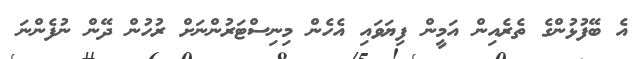
އެ ބޭފުޅުންގެ ތެރެއިން އަމީން ފިޔަވައި އެހެން މިނިސްޓަރުންނަށް ރުހުން ދޭން ނުފެންނަ